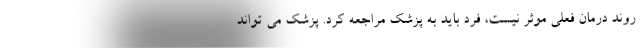
روند درمان فعلی موثر نیست، فرد باید به پزشک مراجعه کرد. پزشک می تواند